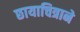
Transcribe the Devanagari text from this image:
छायाचित्राने